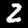
Digit: 2